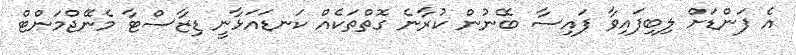
އެ ފަންޑަށް ލިބިފައިވާ ފައިސާ ބޭނުން ކުރާނެ ގޮތްތަކެއް ކަނޑައަޅާނީ ޑިޒާސްޓާ މެނޭޖްމަންޓް